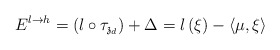
\begin{align*}E^{l\rightarrow h}=\left( l\circ \tau _{\mathfrak{z}_{d}}\right)+\Delta =l\left( \xi \right) -\left\langle \mu ,\xi \right\rangle\end{align*}